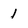
Character: 1